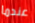
عندما